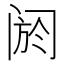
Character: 阏